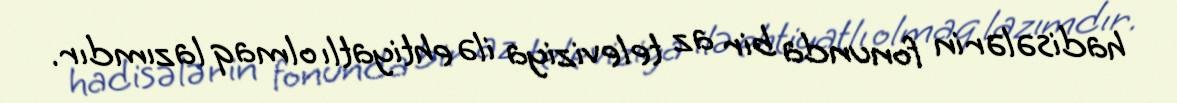
hadisələrin fonunda bir az televiziya ilə ehtiyatlı olmaq lazımdır.